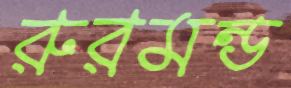
রুরমন্ড